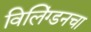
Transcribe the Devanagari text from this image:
विलिंग्डनचा